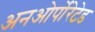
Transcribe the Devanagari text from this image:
अनओर्पोरेटेड